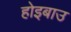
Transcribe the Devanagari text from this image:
होइबाउ